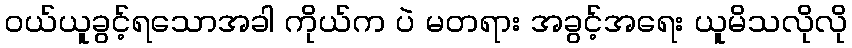
ဝယ်ယူခွင့်ရသောအခါ ကိုယ်က ပဲ မတရား အခွင့်အရေး ယူမိသလိုလို